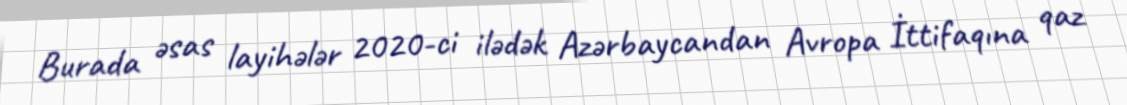
Burada əsas layihələr 2020-ci ilədək Azərbaycandan Avropa İttifaqına qaz